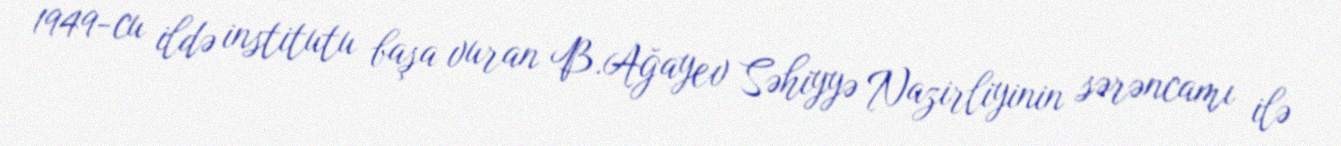
1949-cu ildə institutu başa vuran B.Ağayev Səhiyyə Nazirliyinin sərəncamı ilə